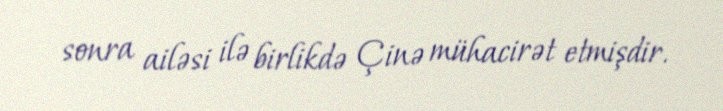
sonra ailəsi ilə birlikdə Çinə mühacirət etmişdir.